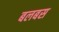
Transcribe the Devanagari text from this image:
बलबस